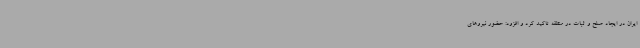
ایران در ایجاد صلح و ثبات در منطقه تاکید کرد و افزود: حضور نیروهای